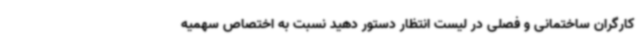
کارگران ساختمانی و فصلی در لیست انتظار دستور دهید نسبت به اختصاص سهمیه